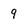
Character: 9